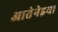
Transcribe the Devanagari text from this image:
आतेनेइया